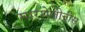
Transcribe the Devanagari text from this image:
मारशेलीनीस